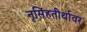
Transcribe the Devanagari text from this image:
नृसिंहतीर्थावर